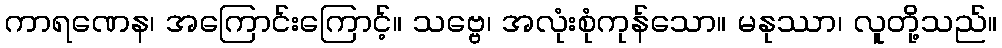
ကာရဏေန၊ အကြောင်းကြောင့်။ သဗ္ဗေ၊ အလုံးစုံကုန်သော။ မနုဿာ၊ လူတို့သည်။